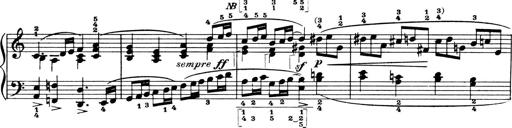
Title: 4 Sonatines
Composer: Max Reger